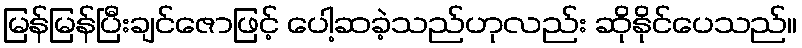
မြန်မြန်ပြီးချင်ဇောဖြင့် ပေါ့ဆခဲ့သည်ဟုလည်း ဆိုနိုင်ပေသည်။